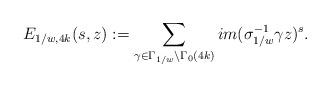
LaTeX: \begin{align*} E_{1/w,4k}(s,z):= \sum_{\gamma\in\Gamma_{1/w}\backslash \Gamma_{0}(4k)} im(\sigma_{1/w}^{-1} \gamma z)^s. \end{align*}